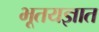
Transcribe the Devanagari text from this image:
भूतयज्ञात